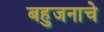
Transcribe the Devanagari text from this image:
बहुजनाचे